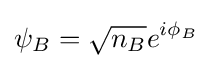
\psi _{B}={\sqrt {n_{B}}}e^{i\phi _{B}}